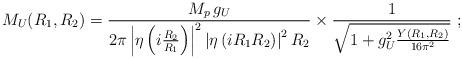
LaTeX: \begin{align*}M_U(R_1,R_2) = \frac{M_p \, g_U}{{2\pi} \left|\eta\left(i\frac{R_2}{R_1}\right)\right|^2\left|\eta\left(i R_1 R_2\right)\right|^2 R_2}\times\frac{1}{\sqrt{1 + g_U^2\frac{Y(R_1,R_2)}{16\pi^2}}}\ ;\end{align*}